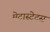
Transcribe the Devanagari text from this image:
मेटास्टेटस